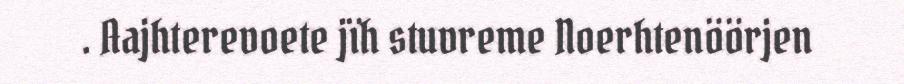
. Aajhterevoete jïh stuvreme Noerhtenöörjen